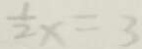
\frac { 1 } { 2 } x = 3